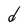
Character: d